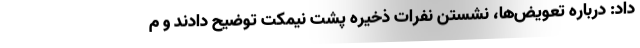
داد: درباره تعویض‌ها، نشستن نفرات ذخیره پشت نیمکت توضیح دادند و م